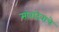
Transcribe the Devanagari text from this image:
सांबादेवाचे